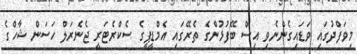
މިވަފްދުގައި ވަޑައިގެންނެވި އިސް ބޭފުޅުންގެ ތެރޭގައި އެމްޑީޕީގެ ސެކްރެޓަރީ ޖެނެރަލް ހަސަން ޝާހްގެ